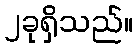
၂ခုရှိသည်။